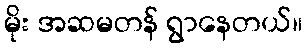
မိုး အဆမတန် ရွာနေတယ်။